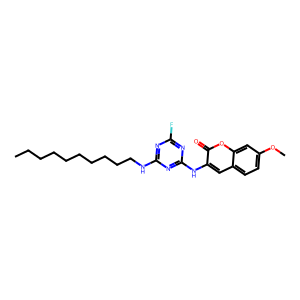
SMILES: CCCCCCCCCCNc1nc(F)nc(Nc2cc3ccc(OC)cc3oc2=O)n1
Inhibits HIV replication: No